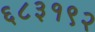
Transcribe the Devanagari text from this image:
६८३१९२